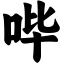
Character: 哔